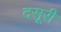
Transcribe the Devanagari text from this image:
दसूरी